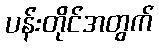
ပန်းတိုင်အတွက်